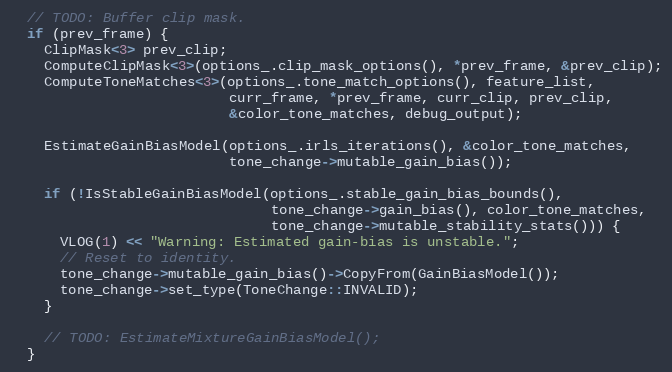
Language: C++
  // TODO: Buffer clip mask.
  if (prev_frame) {
    ClipMask<3> prev_clip;
    ComputeClipMask<3>(options_.clip_mask_options(), *prev_frame, &prev_clip);
    ComputeToneMatches<3>(options_.tone_match_options(), feature_list,
                          curr_frame, *prev_frame, curr_clip, prev_clip,
                          &color_tone_matches, debug_output);

    EstimateGainBiasModel(options_.irls_iterations(), &color_tone_matches,
                          tone_change->mutable_gain_bias());

    if (!IsStableGainBiasModel(options_.stable_gain_bias_bounds(),
                               tone_change->gain_bias(), color_tone_matches,
                               tone_change->mutable_stability_stats())) {
      VLOG(1) << "Warning: Estimated gain-bias is unstable.";
      // Reset to identity.
      tone_change->mutable_gain_bias()->CopyFrom(GainBiasModel());
      tone_change->set_type(ToneChange::INVALID);
    }

    // TODO: EstimateMixtureGainBiasModel();
  }